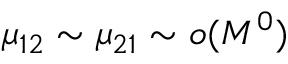
\mu _ { 1 2 } \sim \mu _ { 2 1 } \sim o ( M ^ { 0 } )